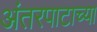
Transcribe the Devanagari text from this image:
अंतरपाटाच्या